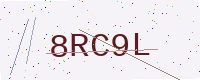
Text: 8RC9L